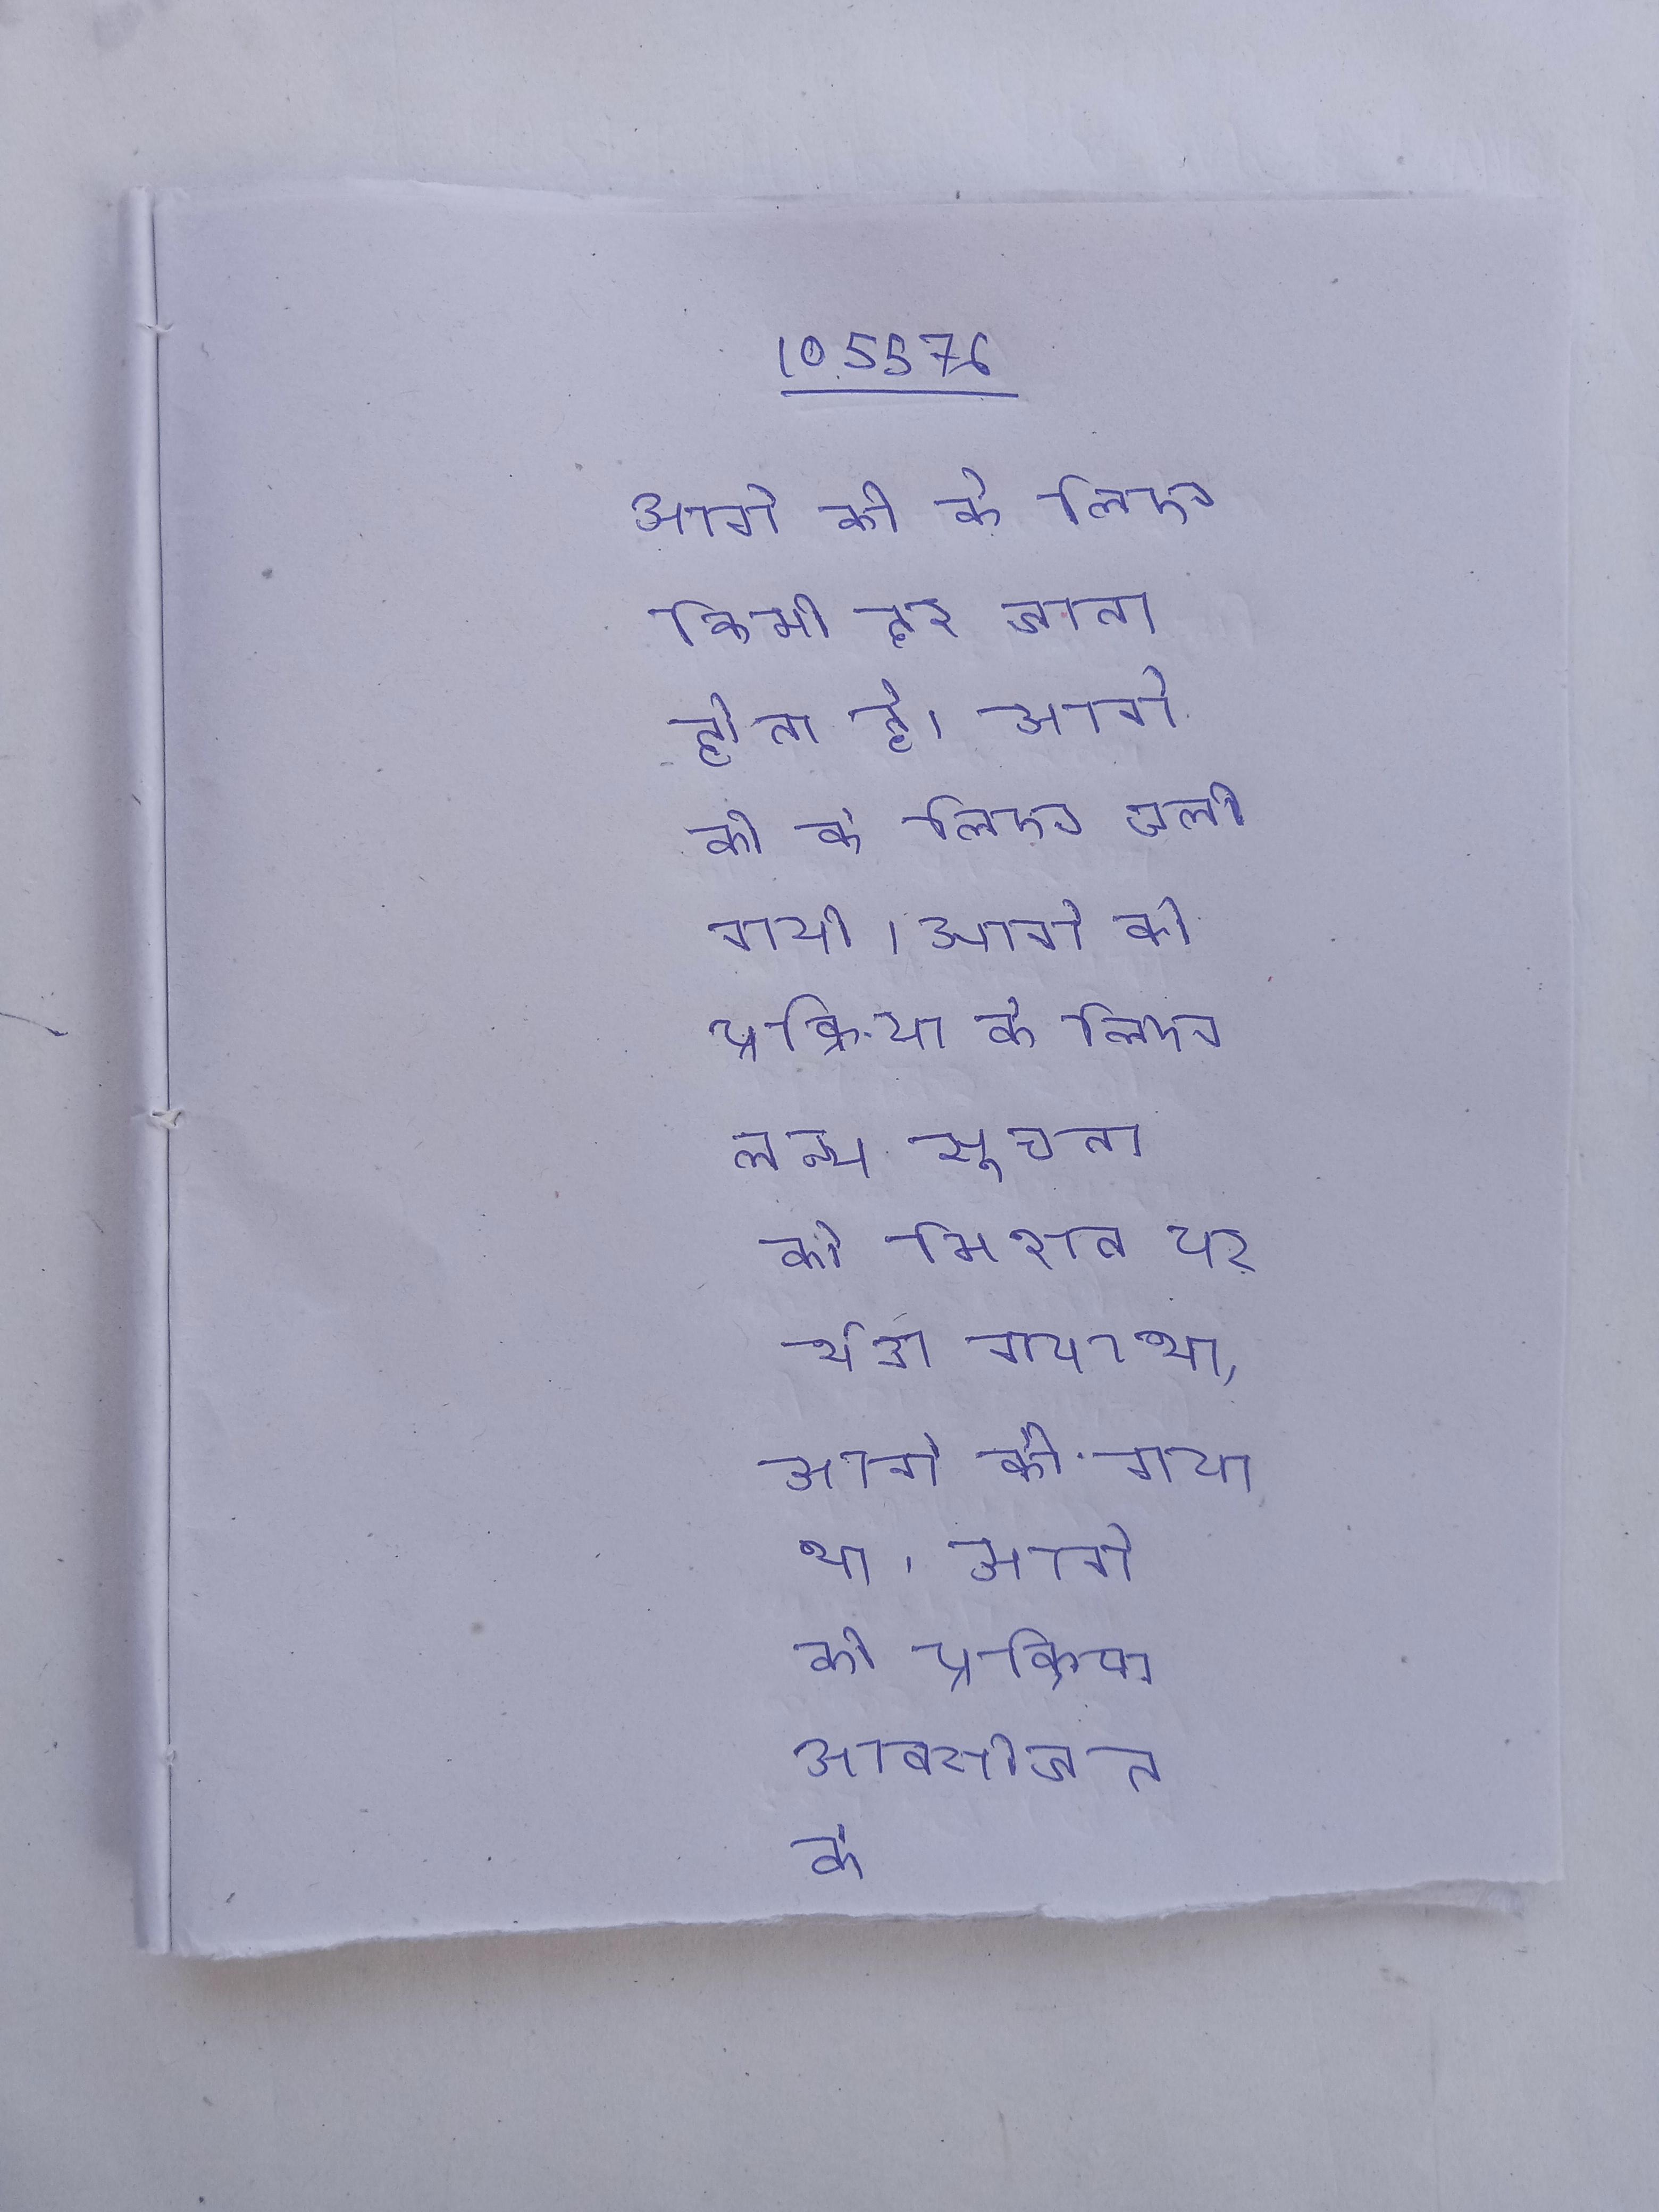
आगे की के लिए किमी दूर जाना होता है । आगे की के लिए चली गयी । आगे की प्रक्रिया के लिए लक्ष्य सूचना को मिशन पर भेजा गया था । आगे की प्रक्रिया आक्सीजन के अभाव पाइरूविक अम्ल का पूर्ण आक्सीकरण हो पाता है इस श्वसन आक्सीय श्वसन की तुलना बहुत कम ऊर्जा उत्पन्न होती है ।